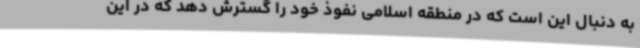
به دنبال این است که در منطقه اسلامی نفوذ خود را گسترش دهد که در این